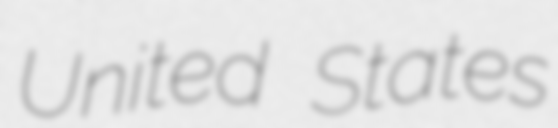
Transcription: United States